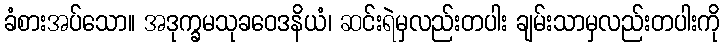
ခံစားအပ်သော။ အဒုက္ခမသုခဝေဒနိယံ၊ ဆင်းရဲမှလည်းတပါး ချမ်းသာမှလည်းတပါးကို